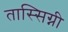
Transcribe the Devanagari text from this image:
तास्सिग्नी